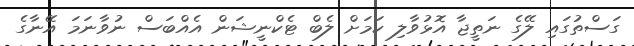
ގަސްތުގައި ލޭގެ ނަތީޖާ އޮޅުވާލި ކަމަށް ލެބް ޓެކްނީޝަން އެއްބަސް ނުވާނަމަ އޭނާގެ